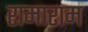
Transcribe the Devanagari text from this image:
रामाराम